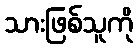
သားဖြစ်သူကို